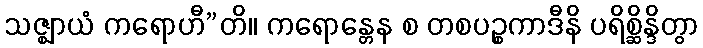
သဇ္ဈာယံ ကရောဟီ”တိ။ ကရောန္တေန စ တစပဉ္စကာဒီနိ ပရိစ္ဆိန္ဒိတွာ